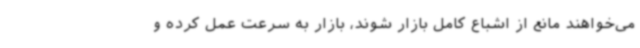
می‌خواهند مانع از اشباع کامل بازار شوند، بازار به سرعت عمل کرده و